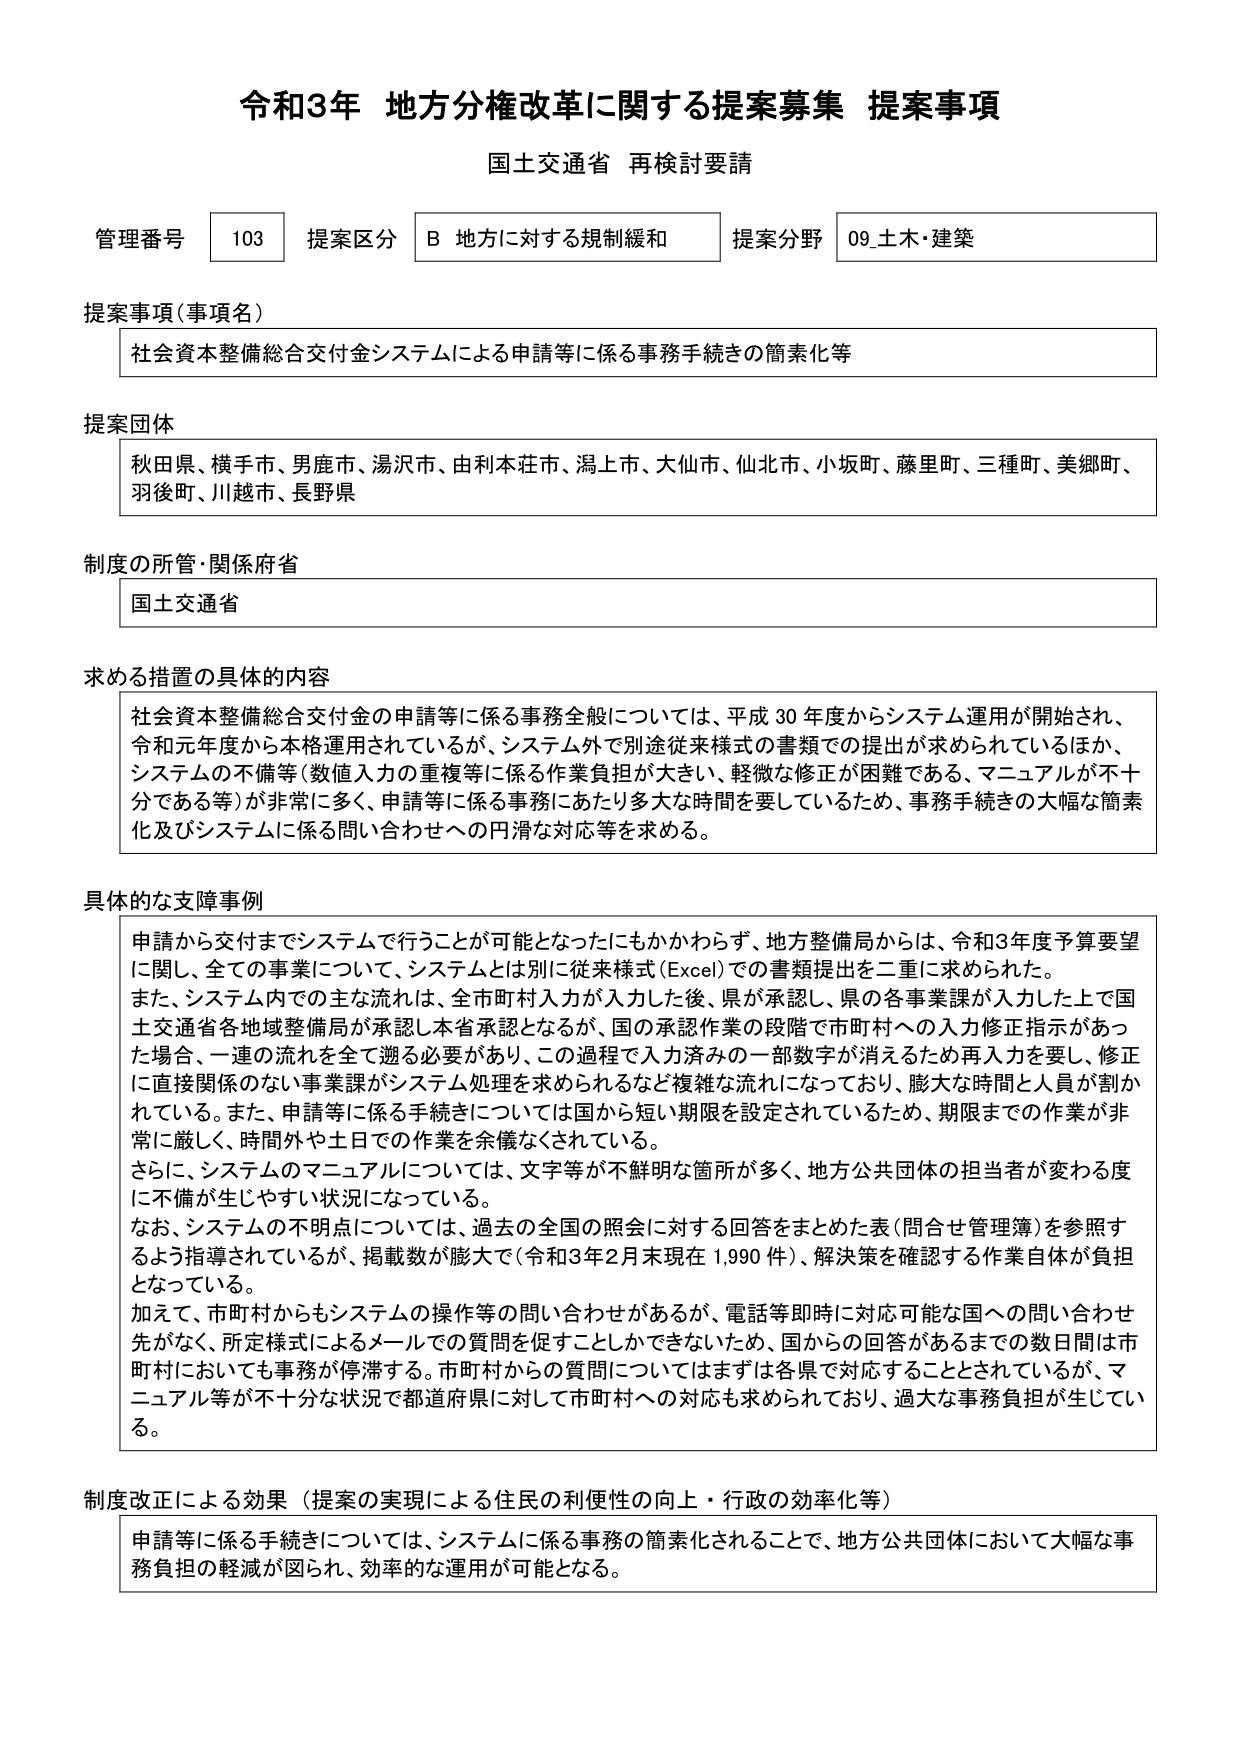
令和3年 地方分権改革に関する提案募集 提案事項
国土交通省 再検討要請

管理番号 103 提案区分 B 地方に対する規制緩和 提案分野 09_土木・建築

提案事項（事項名）
社会資本整備総合交付金システムによる申請等に係る事務手続きの簡素化等

提案団体
秋田県、横手市、男鹿市、湯沢市、由利本荘市、潟上市、大仙市、仙北市、小坂町、藤里町、三種町、美郷町、羽後町、川越市、長野県

制度の所管・関係府省
国土交通省

求める措置の具体的内容
社会資本整備総合交付金の申請等に係る事務全般については、平成30年度からシステム運用が開始され、令和元年度から本格運用されているが、システム外で別途従来様式の書類での提出が求められているほか、システムの不備等（数値入力の重複等に係る作業負担が大きい、軽微な修正が困難である、マニュアルが不十分である等）が非常に多く、申請等に係る事務にあたり多大な時間を要しているため、事務手続きの大幅な簡素化及びシステムに係る問い合わせへの円滑な対応等を求める。

具体的な支障事例
申請から交付までシステムで行うことが可能となったにもかかわらず、地方整備局からは、令和3年度予算要望に関して、全ての事業について、システムとは別に従来様式（Excel）での書類提出を二重に求められた。
また、システム内での主な流れは、全市町村入力が入力した後、県が承認し、県の各事業課が入力した上で国土交通省各地域整備局が承認し本省承認となるが、国の承認作業の段階で市町村への入力修正指示があった場合、一連の流れを全て遡る必要があり、この過程で入力済みの一部数字が消えるため再入力を要し、修正に直接関係のない事業課がシステム処理を求められるなど複雑な流れになっており、膨大な時間と人員が割かれている。また、申請等に係る手続きについては国から短い期限を設定されているため、期限までの作業が非常に厳しく、時間外や土日での作業を余儀なくされている。
さらに、システムのマニュアルについては、文字等が不鮮明な箇所が多く、地方公共団体の担当者が変わる度に不備が生じやすい状況になっている。
なお、システムの不明点については、過去の全国の照会に対する回答をまとめた表（問合せ管理簿）を参照するよう指導されているが、掲載数が膨大で（令和3年2月末現在1,990件）、解決策を確認する作業自体が負担となっている。
加えて、市町村からもシステムの操作等の問い合わせがあるが、電話等即時に対応可能な国への問い合わせ先がなく、所定様式によるメールでの質問を促すことしかできないため、国からの回答があるまでの数日間は市町村においても事務が停滞する。市町村からの質問についてはまずは各県で対応することとされているが、マニュアル等が不十分な状況で都道府県に対して市町村への対応も求められており、過大な事務負担が生じている。

制度改正による効果（提案の実現による住民の利便性の向上・行政の効率化等）
申請等に係る手続きについては、システムに係る事務の簡素化されることで、地方公共団体において大幅な事務負担の軽減が図られ、効率的な運用が可能となる。